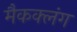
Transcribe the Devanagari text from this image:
मैकक्लंग